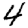
Digit: 4